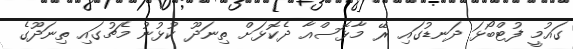
ގައުމީ ފުޓްބޯޅަ ދަނޑުގައި ރޭ މާޅޮސްއާ ދެކޮޅަށް ތިނަދޫ ކުޅުނު މެޗުގައި ތިނަދޫގެ